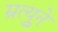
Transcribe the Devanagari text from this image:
म्रुत्युने